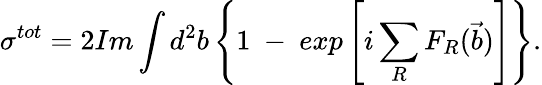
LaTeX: \sigma^{tot}=2Im\int d^{2}b\left\{ 1~-~exp\left[i\sum_{R}F_{R}(\vec{b})\right]\right\} .